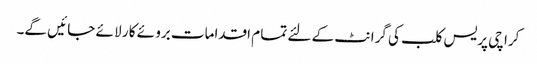
کرا چی پریس کلب کی گرا نٹ کے لئے تما م اقدامات برو ئے کا ر لا ئے جا ئیں گے۔